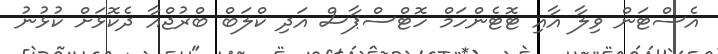
އެސްޓަން ވިލާ އާއި ޓޮޓެންހަމް ހޮޓްސްޕާސް އަދި ކްލަބް ބްރުޖްއާ ދެކޮޅަށް ކުޅުނު